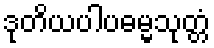
ဒုတိယပါပဓမ္မသုတ္တံ